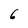
Character: 6